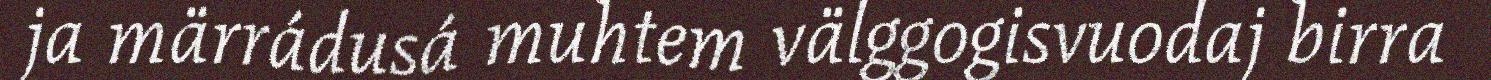
ja märrádusá muhtem välggogisvuodaj birra